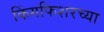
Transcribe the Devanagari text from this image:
किंगफिशरच्या